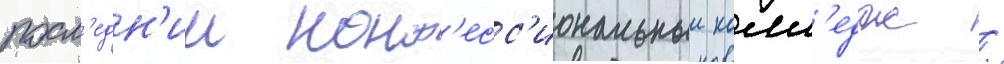
посл'едн'ии конф'есс'иональныи колл'едж /